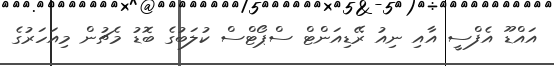
އައްޑޫ އެފްސީ އާއި ނިއު ރޭޑިއަންޓް ސްޕޯޓްސް ކުލަބުގެ ބޮޑު މެޗުން މިއަހަރުގެ